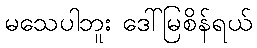
မသေပါဘူး ဒေါ်မြစိန်ရယ်